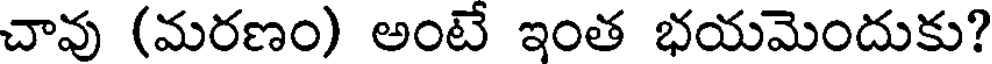
చావు (మరణం) అంటే ఇంత భయమెందుకు?